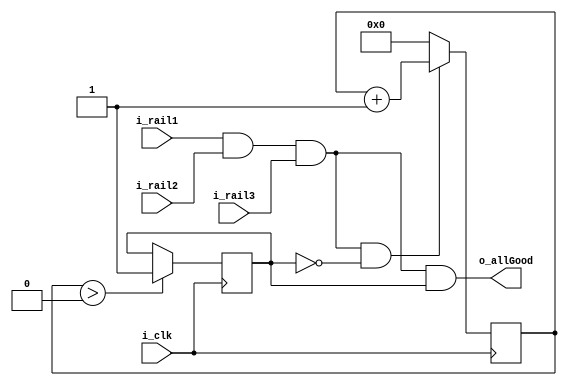
module rail_good_generator #(
	parameter STARTUP_DELAY = 32'd0
	)(
	input i_clk,
    input i_rail1, 
    input i_rail2,
    input i_rail3,
    output o_allGood
);

reg [31:0] r_counter = 0;
reg r_delayComplete = 0;

wire w_allGood;
assign w_allGood = (i_rail1 && i_rail2 && i_rail3);
assign o_allGood = w_allGood && r_delayComplete;

always @(posedge i_clk)begin
	if(w_allGood && ~r_delayComplete) begin
		r_counter <= r_counter + 1;
	end else begin
		r_counter <= 0;
	end
	
	if(r_counter > STARTUP_DELAY) begin
		r_delayComplete <= 1'b1;
	end else begin
		r_delayComplete <= r_delayComplete;
	end
	
end

endmodule